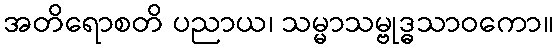
အတိရောစတိ ပညာယ၊ သမ္မာသမ္ဗုဒ္ဓသာဝကော။